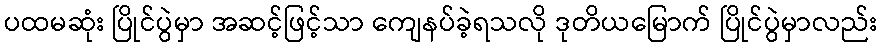
ပထမဆုံး ပြိုင်ပွဲမှာ အဆင့်ဖြင့်သာ ကျေနပ်ခဲ့ရသလို ဒုတိယမြောက် ပြိုင်ပွဲမှာလည်း